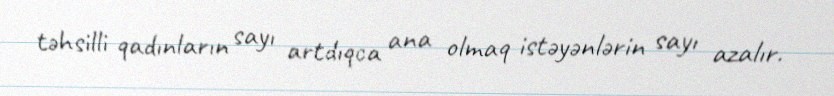
təhsilli qadınların sayı artdıqca ana olmaq istəyənlərin sayı azalır.